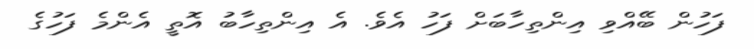
ފަހުން ބޭއްވި އިންތިހާބަށް ފަހު އެވެ. އެ އިންތިހާބު އޮތީ އެންމެ ފަހުގެ